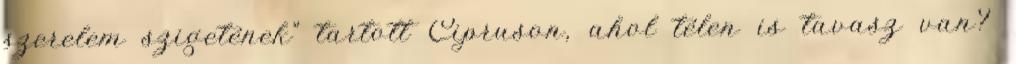
szerelem szigetének" tartott Cipruson, ahol télen is tavasz van?